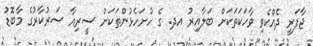
ޖާފަރީ ދެއްކެވި ވާހަކަތަކަށް ބަލާއިރު އދ. ގެ ހުށަހެޅުންތަކަށް ސީރިއާ ސަރުކާރުގެ މާބޮޑު